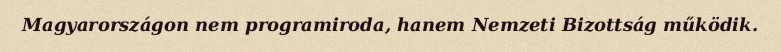
Magyarországon nem programiroda, hanem Nemzeti Bizottság működik.